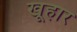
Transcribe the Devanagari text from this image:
खूहार